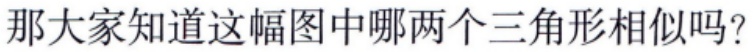
那大家知道这幅图中哪两个三角形相似吗?